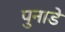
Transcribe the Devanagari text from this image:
पुनाडे